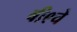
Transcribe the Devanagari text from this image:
बी९चे